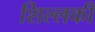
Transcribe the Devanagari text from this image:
शिल्लकी